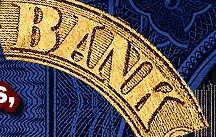
BANK